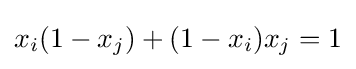
x_{i}(1-x_{j})+(1-x_{i})x_{j}=1